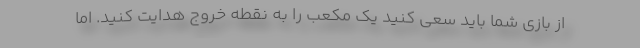
از بازی شما باید سعی کنید یک مکعب را به نقطه خروج هدایت کنید. اما